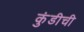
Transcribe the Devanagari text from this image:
कुंडीची